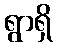
ရွာရှိ